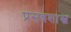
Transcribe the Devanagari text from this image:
प्रसवशास्त्र